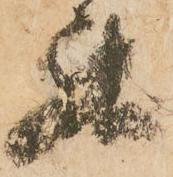
罷